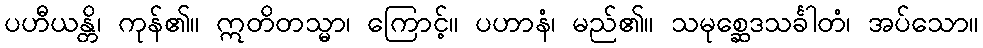
ပဟီယန္တိ၊ ကုန်၏။ ဣတိတသ္မာ၊ ကြောင့်။ ပဟာနံ၊ မည်၏။ သမုစ္ဆေဒသင်္ခါတံ၊ အပ်သော။